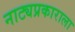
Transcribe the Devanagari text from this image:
नाट्यप्रकाराला